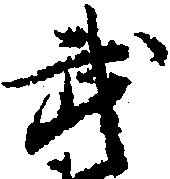
武